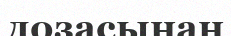
дозасынан